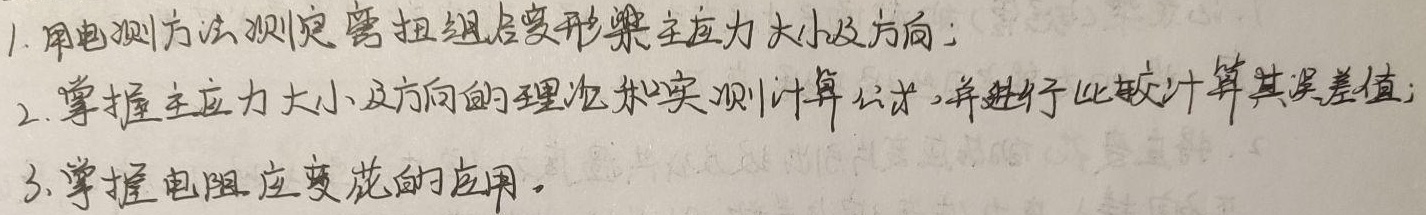
1. 用电测方法测定弯扭组合变形梁主应力大小及方向；
2. 掌握主应力大小及方向的理论和实测计算公式，并进行比较计算其误差值；
3. 掌握电阻应变花的应用。